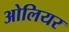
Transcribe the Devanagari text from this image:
ओलियर